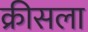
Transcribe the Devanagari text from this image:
क्रीसला